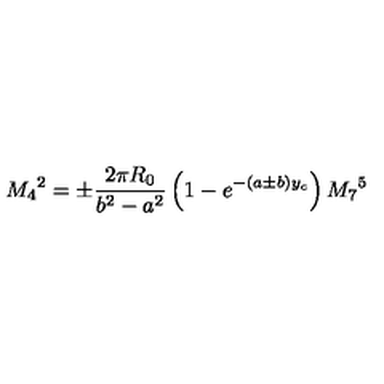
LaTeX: M _ { 4 } { } ^ { 2 } = \pm \frac { 2 \pi R _ { 0 } } { b ^ { 2 } - a ^ { 2 } } \left( 1 - e ^ { - ( a \pm b ) y _ { c } } \right) M _ { 7 } { } ^ { 5 }